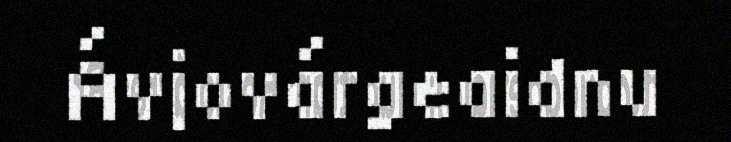
Ávjovárgeaidnu